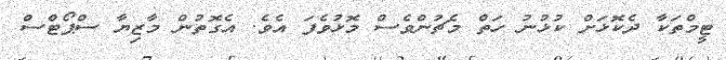
ޓީމްތަކާ ދެކޮޅަށް ކުޅުނު ހަތް މެޗުންވެސް މޮޅުވެފަ އެވެ. އެގޮތުން މާޒިޔާ ސްޕޯޓްސް